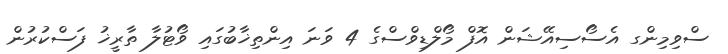
ސްވިމިންގ އެސޯސިއޭޝަން އޮފް މޯލްޑިވްސްގެ 4 ވަނަ އިންތިޚާބުގައި ވޯޓުލާ ތާރީޚު ފަސްކުރުން